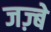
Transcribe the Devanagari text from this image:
जज़्बे